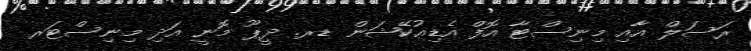
ރަސަލް އާއި މިނިސްޓާ އޮފް އެޑިއުކޭޝަން ޑރ. ދީޕޫ މޮނީ އަދި މިނިސްޓަރ